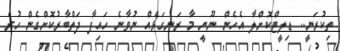
ތިކުރަނީ.. ޑިލީޓްކޮށްލާ އެހެން ނޫނީ މާ ރަނގަޅެއް ނުވާނެ ހައިފާ ދަތްބާރުކޮށްގެން ހުރެ